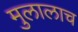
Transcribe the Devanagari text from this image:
मुलालाच